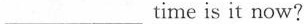
___time is it now?